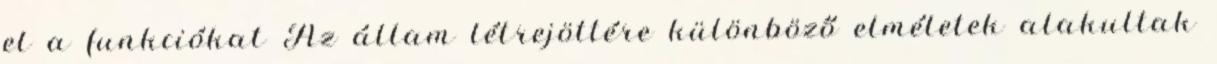
el a funkciókat Az állam létrejöttére különböző elméletek alakultak